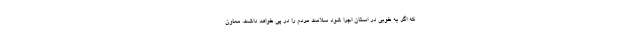
که اگر به خوبی در استان اجرا شود سلامت مردم را در پی خواهد داشت. معاون